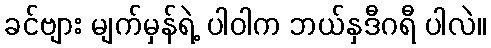
ခင်ဗျား မျက်မှန်ရဲ့ ပါဝါက ဘယ်နှဒီဂရီ ပါလဲ။